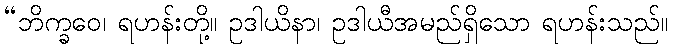
“ဘိက္ခဝေ၊ ရဟန်းတို့။ ဥဒါယိနာ၊ ဥဒါယီအမည်ရှိသော ရဟန်းသည်။